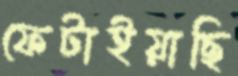
ফেটাইয়াছি